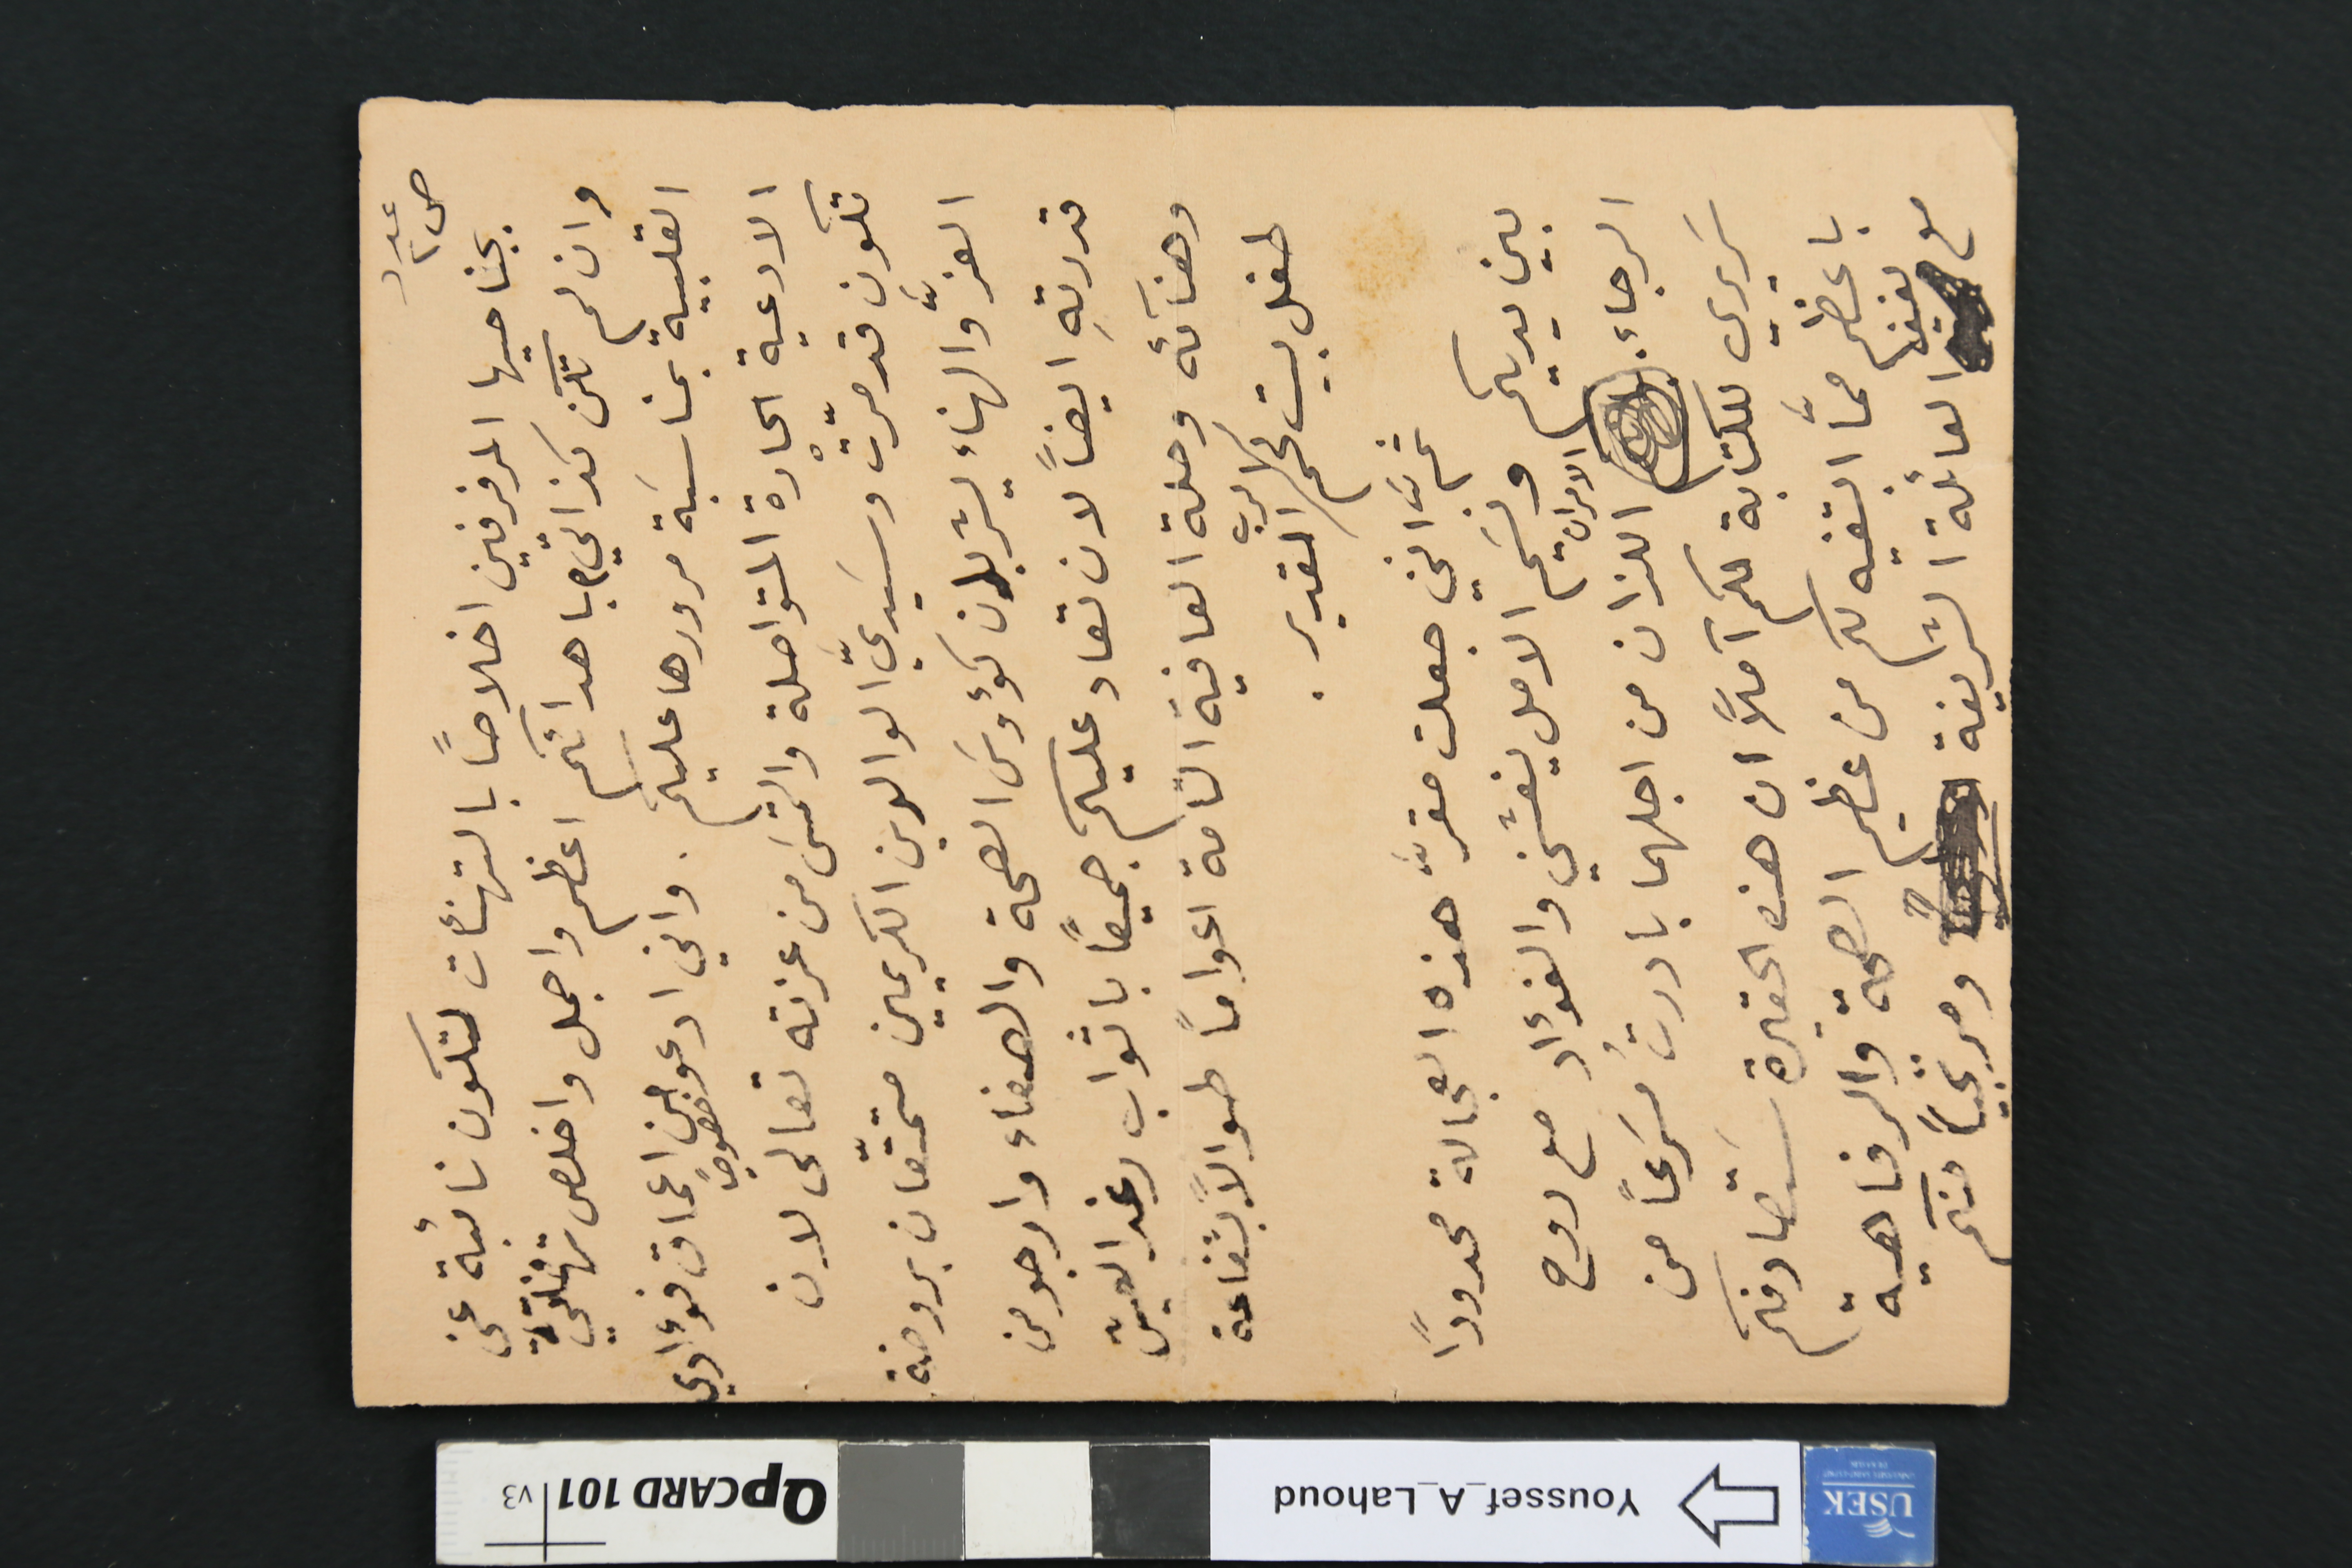
عدد ص٢
بجناحيها المرفرفين اخلاصاً بالتهنئات لتكون نائبة عني
وان لم تكن كذاتي، باهدائكم اعظم واجمل واخلص تهاني
القلبية بمناسبة مرورها عليكم. واني ادعو خصوصًا من اعماق فؤادي
الادعية الحارة المتواصلة والتمسَ من عزته تعالى لان
تكون قد مرّتْ وسَيديَّ الوالدين الكريمين متمتّعان بروضة
العزَّ والهناء يشربان كؤوسَ الصحة والصفاء وارجو من
قدرتهِ ايضاً لان تعاد عليكم جميعًا باثواب رغد العيش
وهنآئه وحلة العافية التامة اعوامًا طوالاً بشفاعة
طفل بيت لحم /الرب القدير.
ثمَّ انني جعلت مقرَّ هذه العجالة محدودًا
الرجاء. الامران اللذان من اجلهما بادرتُ مسَرعًا من
سَريري للكتابة لكم آملاً ان هذه الحقيرة ستصادفكم
باعظم ممَّا ابتغيه لكم من عظيم الصحة والرفاهية
مع لفيف العائلة الشريفة ومرتجياً منكم
بين يديكم ونسَيم الامل ينعشني والفؤاد مع روح